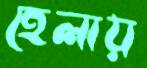
হেলায়